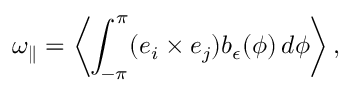
\omega _ { \parallel } = \left\langle \int _ { - \pi } ^ { \pi } ( \boldsymbol { e } _ { i } \times \boldsymbol { e } _ { j } ) b _ { \epsilon } ( \phi ) \, d \phi \right\rangle ,